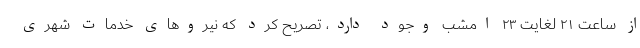
از ساعت ۲۱ لغایت ۲۳ امشب وجود دارد، تصریح کرد که نیروهای خدمات شهری